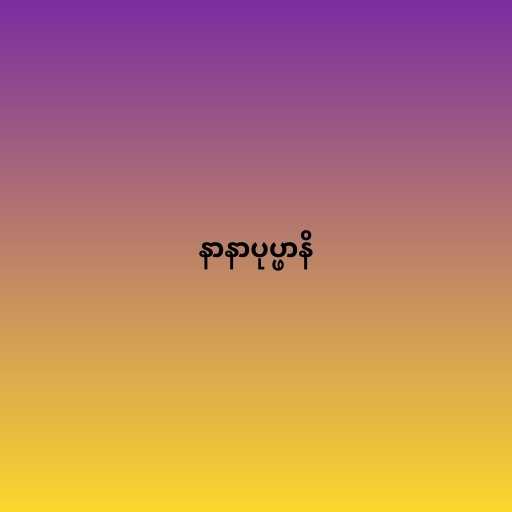
နာနာပုပ္ဖာနိ